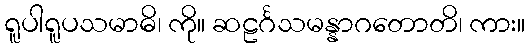
ရူပါရူပသမာဓိ၊ ကို။ ဆဠင်္ဂသမန္နာဂတောတိ၊ ကား။